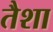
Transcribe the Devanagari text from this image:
तैशा